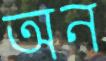
অন